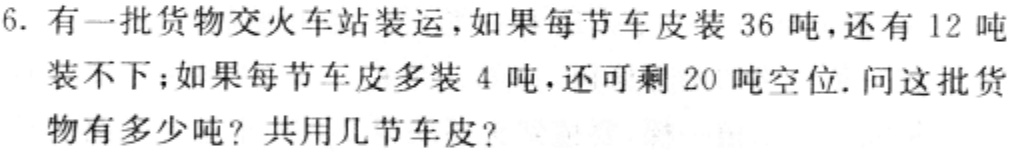
6. 有一批货物交火车站装运，如果每节车皮装 36 吨，还有 12 吨装不下；如果每节车皮多装 4 吨，还可剩 20 吨空位. 问这批货物有多少吨？共用几节车皮？